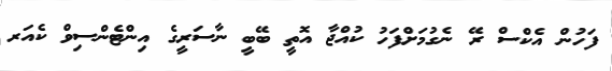
ފަހުން އެކްސް ރޭ ނެގުމަށްފަހު ކުއްޖާ އޮތީ ބޭބީ ނާސަރީގެ އިންޓެންސިވް ކެއަރ